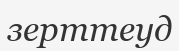
зерттеуд